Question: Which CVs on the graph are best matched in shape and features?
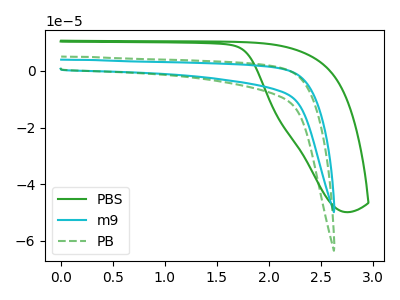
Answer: <think>The green curve "PBS" has no peaks. The cyan curve "m9" has no peaks. The green dashed curve "PB" has no peaks.
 Neither "PBS" or "m9" have any peaks. Neither "PBS" or "PB" have any peaks. Neither "m9" or "PB" have any peaks.</think>
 <answer>"m9", "PBS" and "PB" have the same shape and are likely CV's of the same chemical.</answer>
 <eval>"m9" "PBS" "PB"</eval>